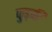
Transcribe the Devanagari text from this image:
कुड्की